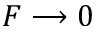
F \longrightarrow 0